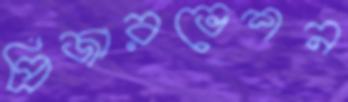
প্রিজারভেশন